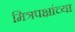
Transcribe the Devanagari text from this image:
मित्रपक्षांच्या